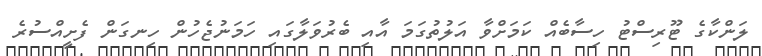
ލަންކާގެ ޓޫރިސްޓު ހިސާބެއް ކަމަށްވާ އަލުތުގަމަ އާއި ބެރުވަލާގައި ހަމަނުޖެހުން ހިނގަން ފެށީއްސުރެ